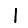
Digit: 1